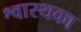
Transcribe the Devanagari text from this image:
श्वास्थका